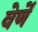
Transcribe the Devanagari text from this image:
वेर्णें